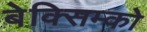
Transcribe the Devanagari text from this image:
बेक्सिम्को